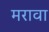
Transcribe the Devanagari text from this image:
मरावा